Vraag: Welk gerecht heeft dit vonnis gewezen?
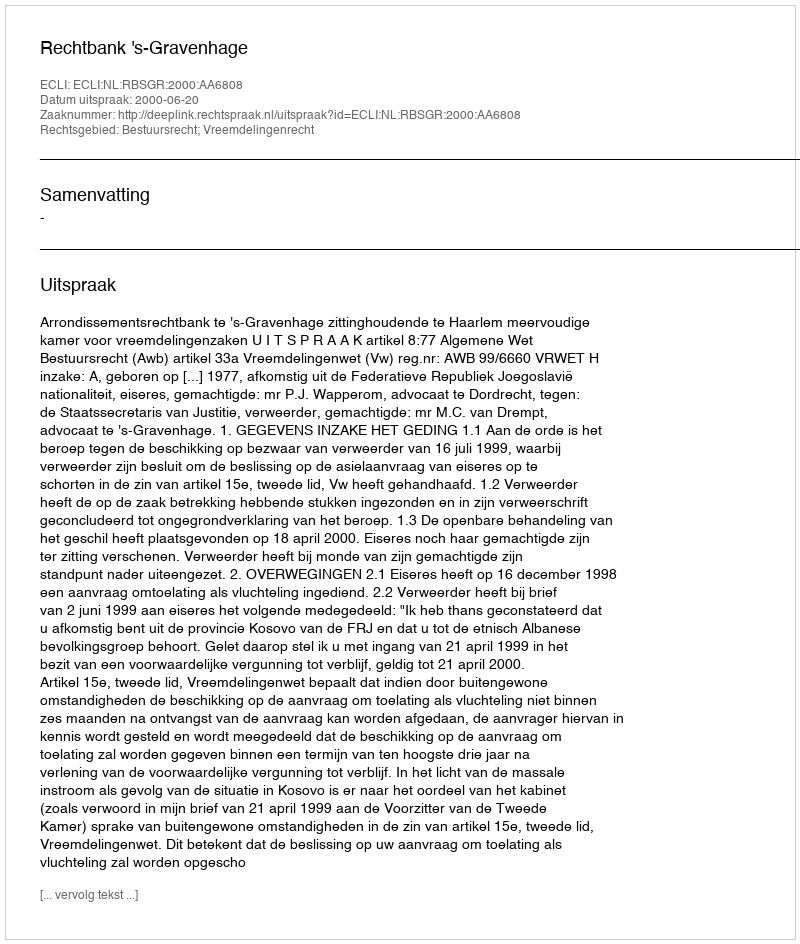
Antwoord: Rechtbank 's-Gravenhage